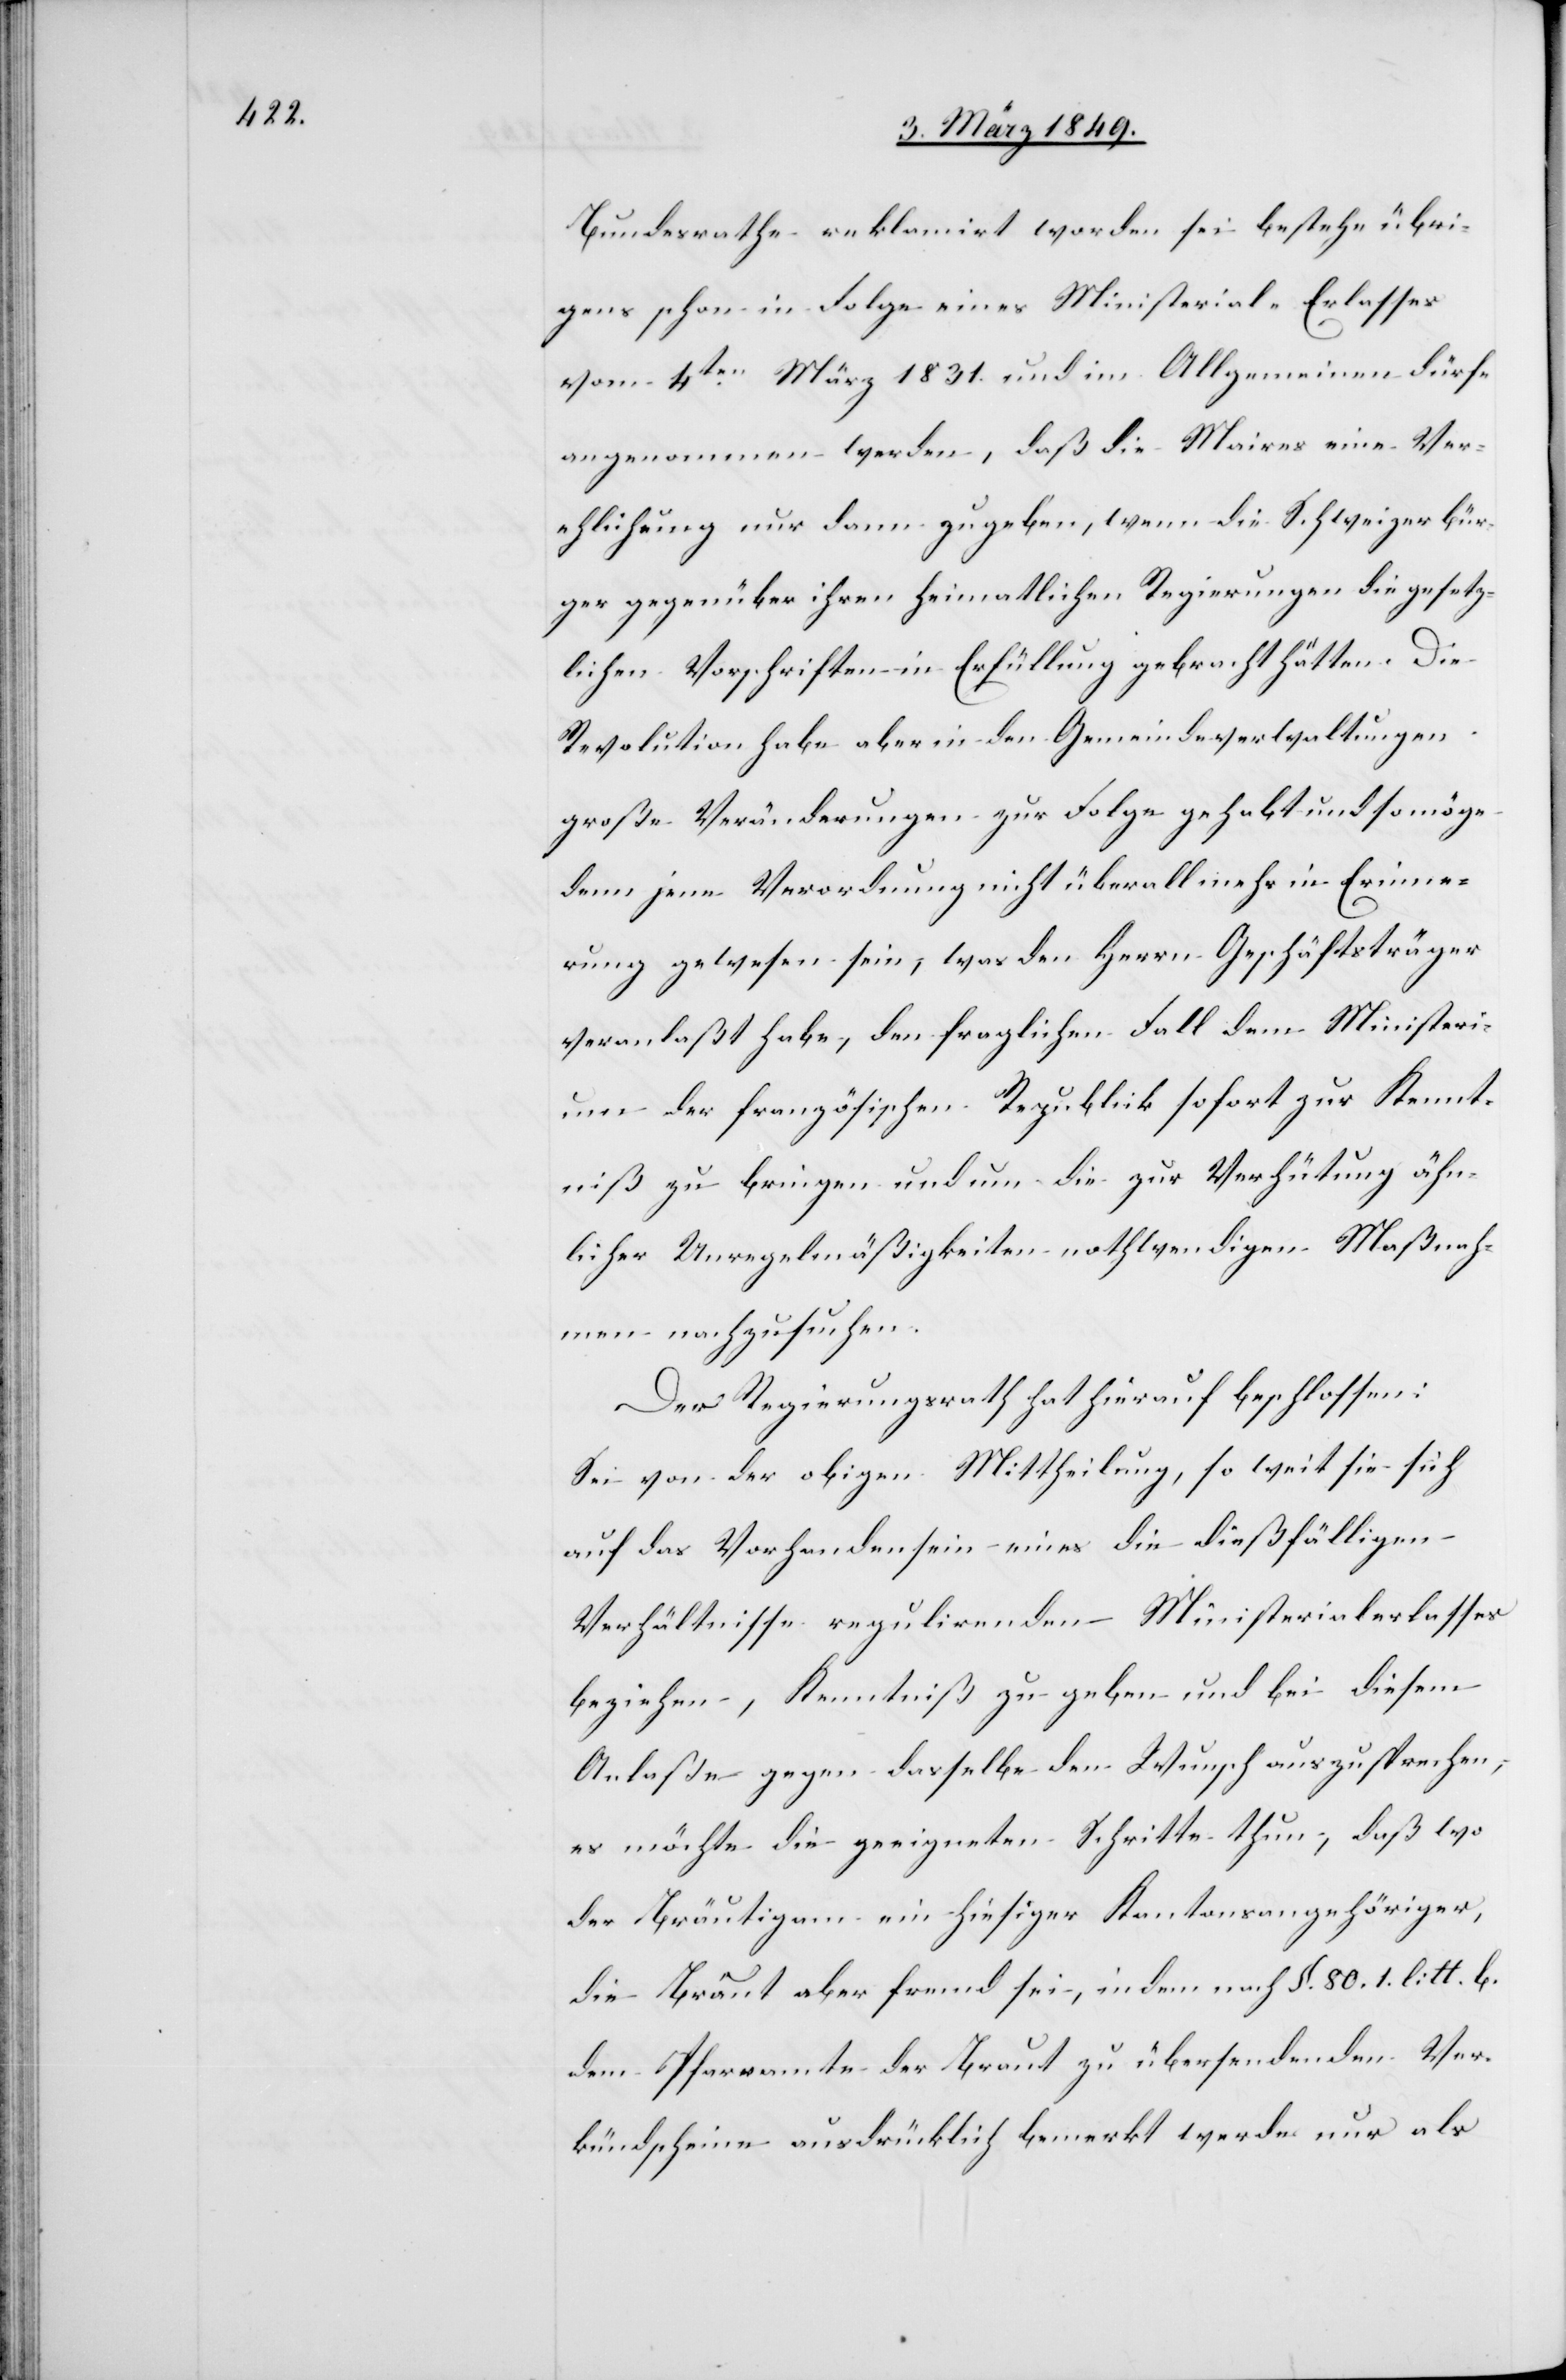
Bundesrathe reklamirt worden sei bestehe übri¬
gens schon in Folge eines Ministerial-Erlasses
vom 4ten. März 1831. und im Allgemeinen dürfe
angenommen werden, daß die Maires eine Ver¬
ehlichung nur dann zugeben, wenn die Schweizerbür¬
ger gegenüber ihren heimatlichen Regierungen die gesetz¬
lichen Vorschriften in Erfüllung gebracht hätten. Die
Revolution habe aber in den Gemeindeverwaltungen
große Veränderungen zur Folge gehabt und so möge
denn jene Verordnung nicht überall mehr in Erinne¬
rung gewesen sein, was den Herrn Geschäftsträger
veranlaßt habe, den fraglichen Fall dem Ministeri¬
um der französischen Republik sofort zur Kennt¬
niß zu bringen und um die zur Verhütung ähn¬
licher Unregelmäßigkeiten nothwendigen Maßnah¬
men nachzusuchen.
Der Regierungsrath hat hierauf beschlossen:
Sei von der obigen Mittheilung, so weit sie sich
auf das Vorhandensein eines die dießfälligen
Verhältnisse regulirenden Ministerialerlasses
beziehen [sic!], Kenntniß zu geben und bei diesem
Anlaße gegen dasselbe den Wunsch auszusprechen,
es möchte die geeigneten Schritte thun, daß wo
der Bräutigam ein hiesiger Kantonsangehöriger,
die Braut aber fremd sei, in dem nach §. 80. 1. litt. b.
dem Pfarramte der Braut zu übersendenden Ver¬
kündscheine ausdrücklich bemerkt werde nur als